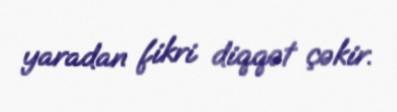
yaradan fikri diqqət çəkir.